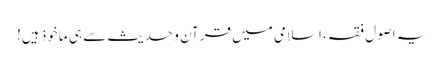
یہ اصول فقہ، اسلامی میں قرآن و حدیث سے ہی ماخوذ ہیں!